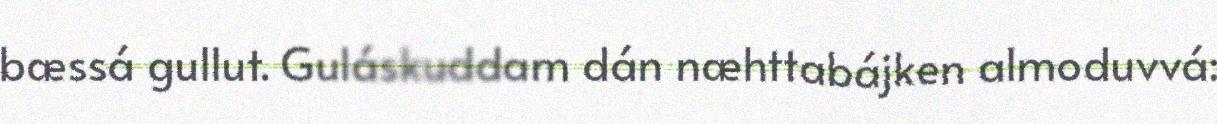
bæssá gullut. Guláskuddam dán næhttabájken almoduvvá: